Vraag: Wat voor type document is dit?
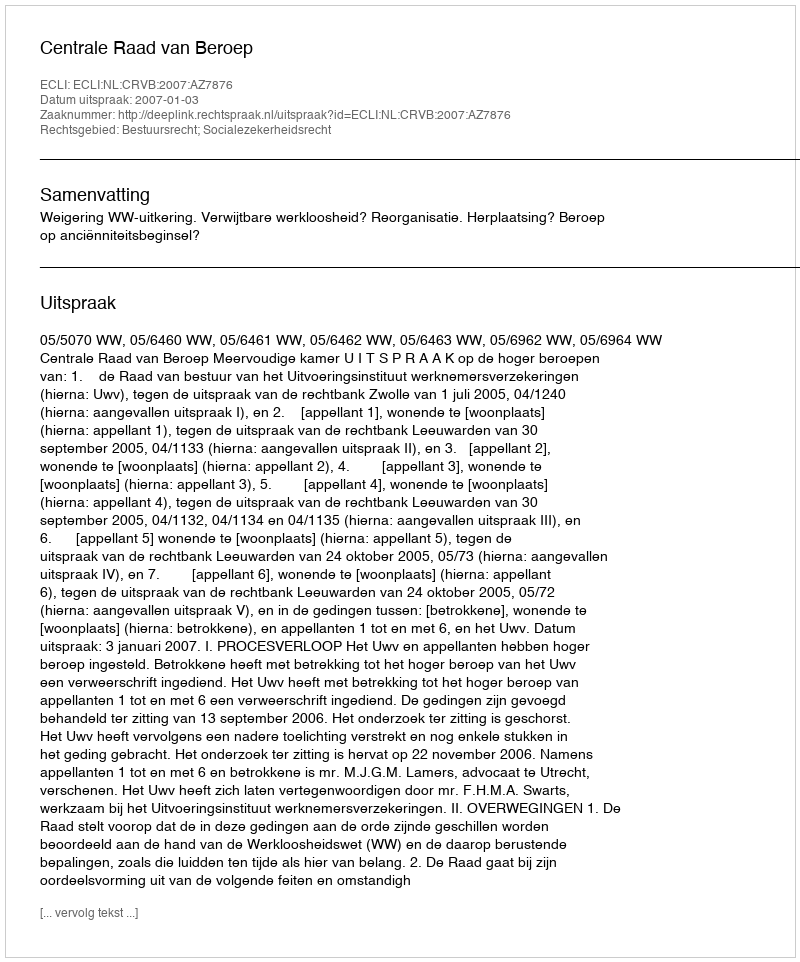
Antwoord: Uitspraak